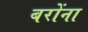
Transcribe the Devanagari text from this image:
बरोंना